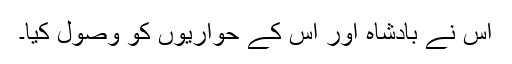
اس نے بادشاہ اور اس کے حواریوں کو وصول کیا۔